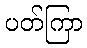
ပတ်ကြာ